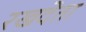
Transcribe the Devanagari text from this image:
रखदेता